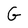
Character: G